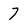
Character: 7